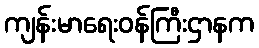
ကျန်းမာရေးဝန်ကြီးဌာနက